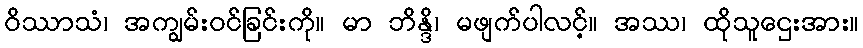
ဝိဿာသံ၊ အကျွမ်းဝင်ခြင်းကို။ မာ ဘိန္ဒိ၊ မဖျက်ပါလင့်။ အဿ၊ ထိုသူဌေးအား။